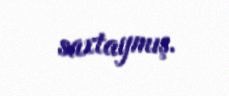
saxtaymış.